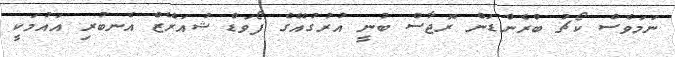
ނަމަވެސް ކޯޗު ބްރެންޑަން ރޮޖާސް ބުނީ އުރުގުއޭގެ ފޯވަޑް ޝުއަރޭޒް އެނބުރި އައުމަކީ